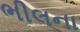
ભીલના